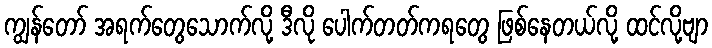
ကျွန်တော် အရက်တွေသောက်လို့ ဒီလို ပေါက်တတ်ကရတွေ ဖြစ်နေတယ်လို့ ထင်လို့ဗျာ